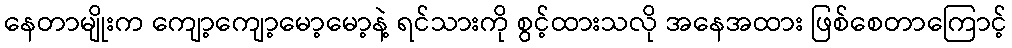
နေတာမျိုးက ကျော့ကျော့မော့မော့နဲ့ ရင်သားကို စွင့်ထားသလို အနေအထား ဖြစ်စေတာကြောင့်